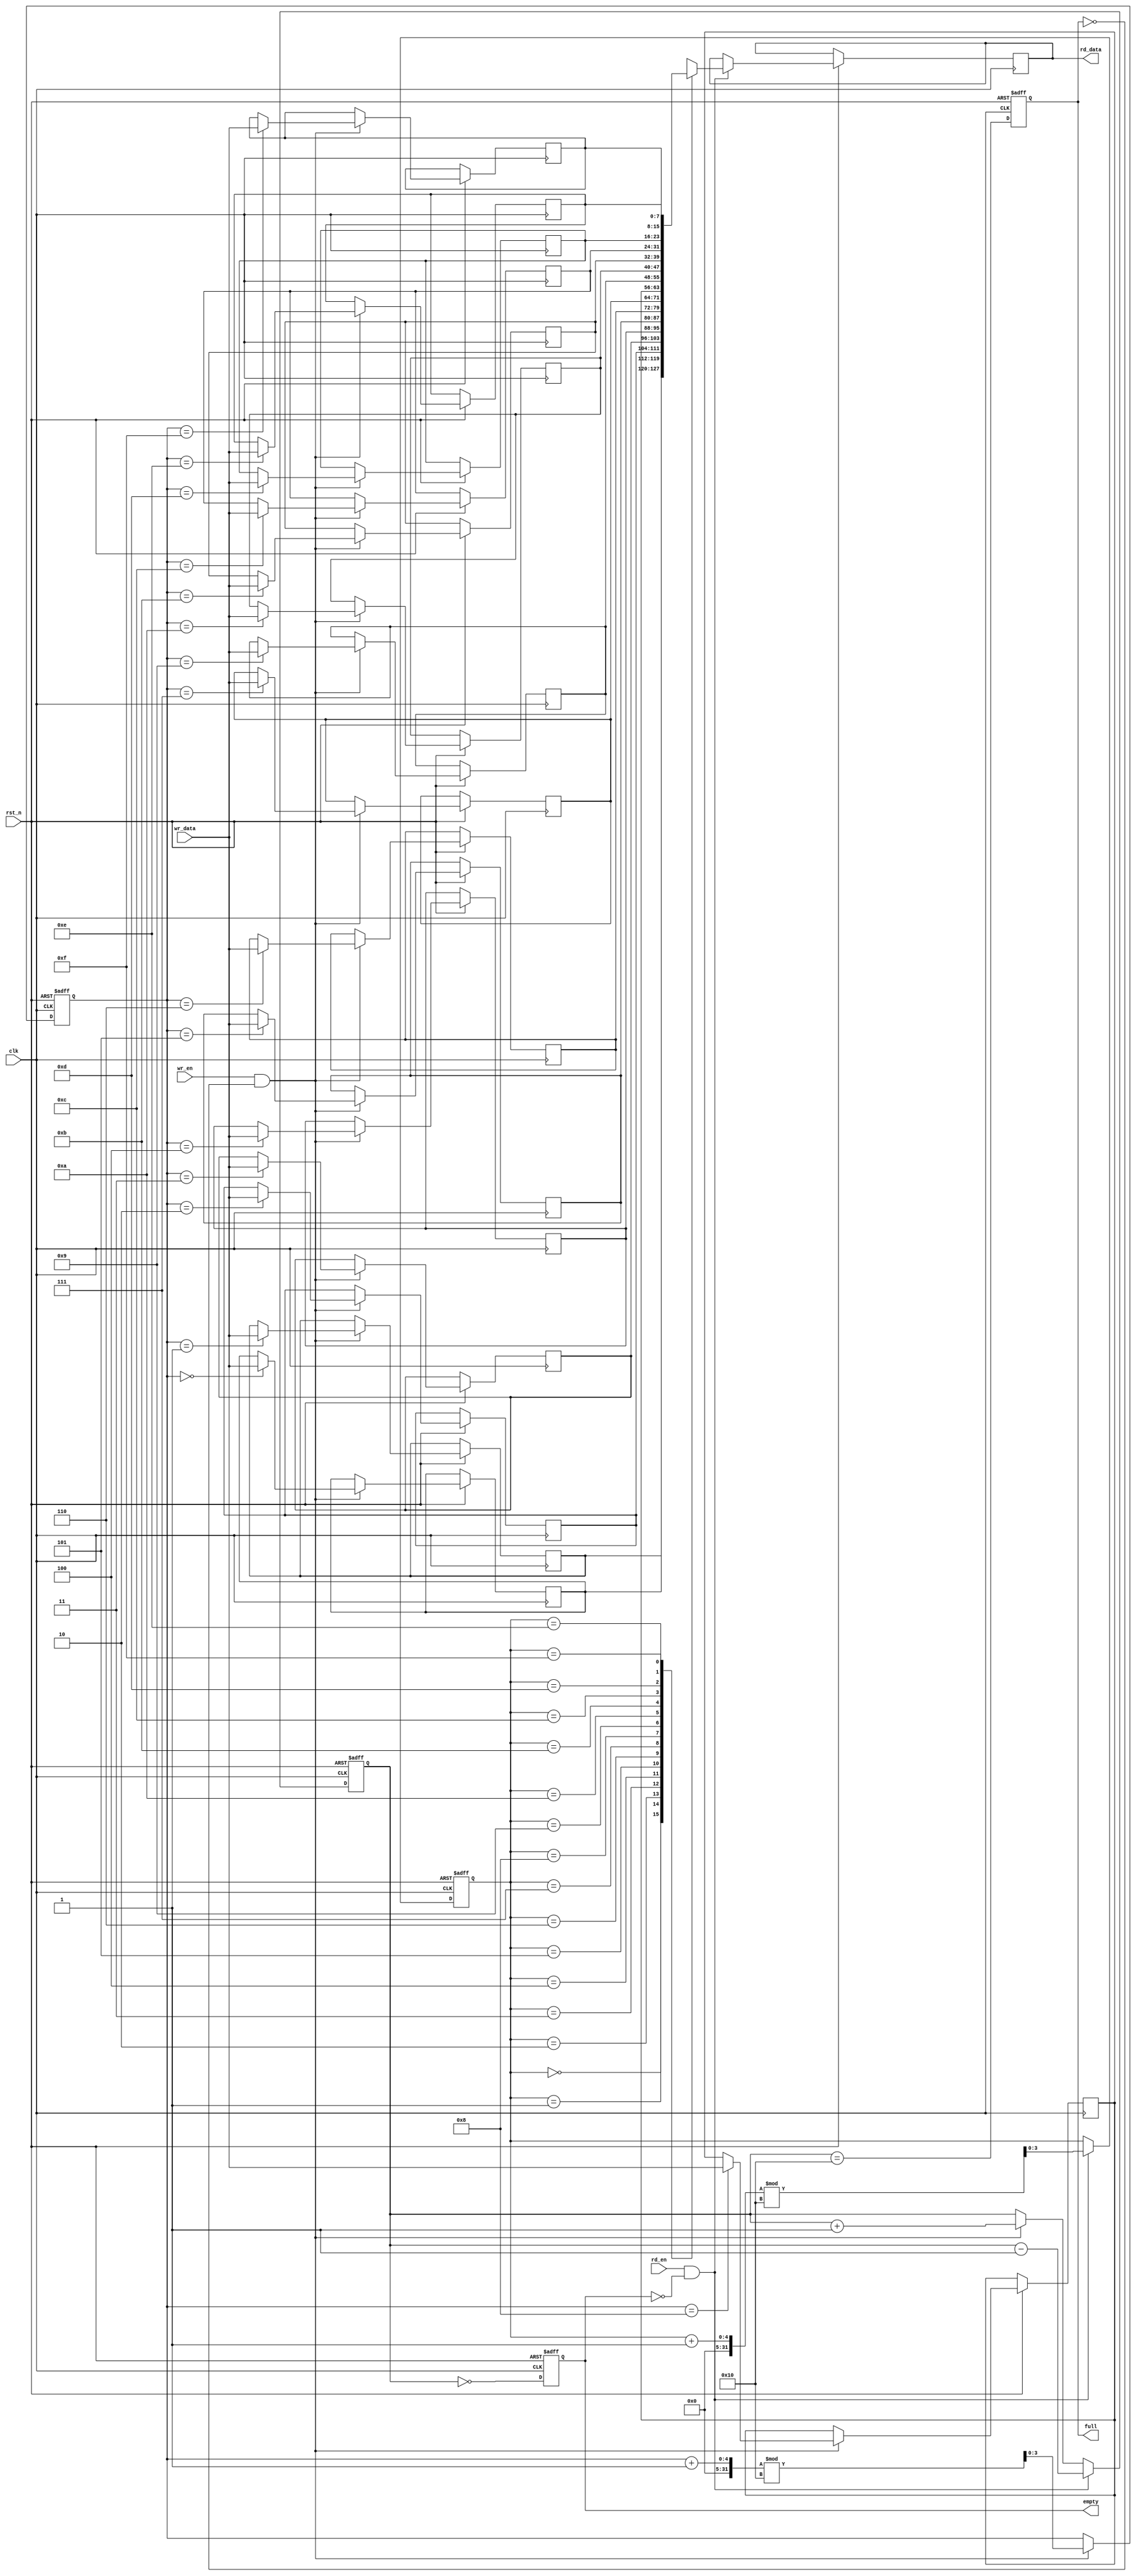
module fifo_sram #(
    parameter DEPTH = 16,  // Number of entries in the FIFO
    parameter WIDTH = 8     // Width of each entry in bits
)(
    input wire clk,                // Clock signal
    input wire rst_n,              // Asynchronous reset (active low)
    input wire wr_en,              // Write enable
    input wire rd_en,              // Read enable
    input wire [WIDTH-1:0] wr_data,// Data to write
    output reg [WIDTH-1:0] rd_data,// Data read from FIFO
    output reg full,               // FIFO full flag
    output reg empty               // FIFO empty flag
);

    // Memory array
    reg [WIDTH-1:0] mem [0:DEPTH-1];
    
    // Write and read pointers
    reg [$clog2(DEPTH)-1:0] wr_ptr;
    reg [$clog2(DEPTH)-1:0] rd_ptr;
    reg [DEPTH:0] count; // To track the number of entries

    // Asynchronous reset
    always @(posedge clk or negedge rst_n) begin
        if (!rst_n) begin
            wr_ptr <= 0;
            rd_ptr <= 0;
            count <= 0;
            full <= 0;
            empty <= 1;
        end else begin
            // Write operation
            if (wr_en && !full) begin
                mem[wr_ptr] <= wr_data; // Write data to memory
                wr_ptr <= (wr_ptr + 1) % DEPTH; // Increment write pointer
                count <= count + 1; // Increment count
            end

            // Read operation
            if (rd_en && !empty) begin
                rd_data <= mem[rd_ptr]; // Read data from memory
                rd_ptr <= (rd_ptr + 1) % DEPTH; // Increment read pointer
                count <= count - 1; // Decrement count
            end

            // Update full and empty flags
            full <= (count == DEPTH);
            empty <= (count == 0);
        end
    end

endmodule